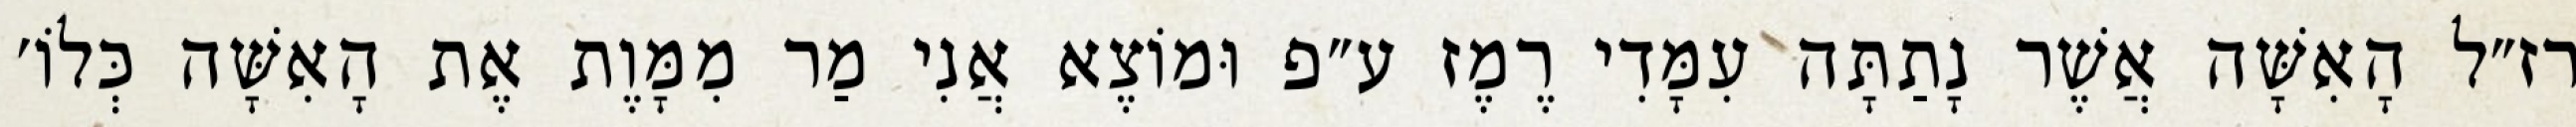
רז״ל הָאִשָּׁה אֲשֶׁר נָתַתָּה עִמָּדִי רֶמֶז ע״פ וּמוֹצֶא אֲנִי מַר מִמָּוֶת אֶת הָאִשָּׁה כְּלוֹ׳